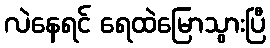
လဲနေရင် ရေထဲမြောသွားပြီ